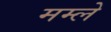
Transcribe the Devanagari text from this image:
मम्ले